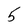
Character: 5